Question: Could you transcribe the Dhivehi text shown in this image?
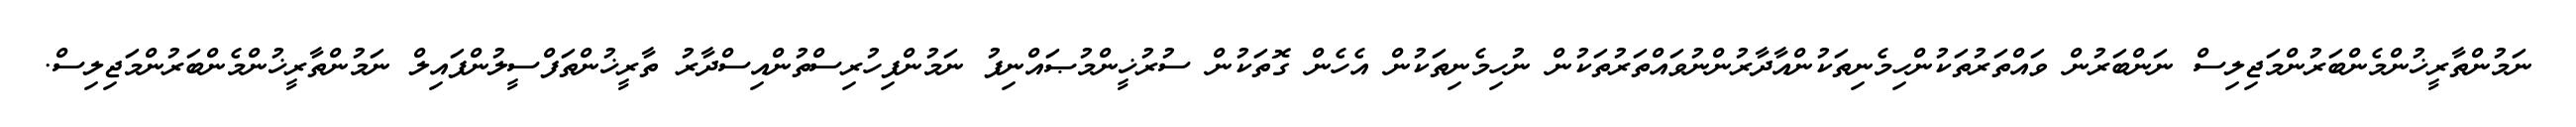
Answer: ނަމުންތާރީޚުންމެންބަރުންމަޖިލިސް ނަންބަރުން ވައްތަރުތަކުންހިމެނިތަކުންއާދާރުންނުވައްތަރުތަކުން ނުހިމެނިތަކުން އެހެން ގޮތަކުން ސުރުޚީންމުޞައްނިފު ނަމުންފިހުރިސްތުންއިސްދާރު ތާރީޚުންތަފްސީލުންފައިލް ނަމުންތާރީޚުންމެންބަރުންމަޖިލިސް.